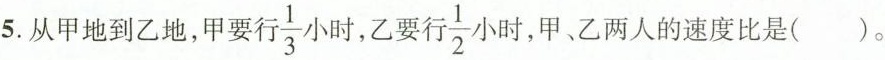
5.从甲地到乙地，甲要 \frac{1}{3} 时，乙要 \frac{1}{2} 小时，甲、乙两人的速度比是（）。